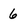
Character: 6